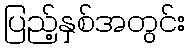
ပြည့်နှစ်အတွင်း